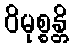
ဝိမုစ္စန္တိ